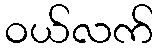
ဝယ်လက်